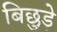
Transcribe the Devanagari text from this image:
बिछुड़े